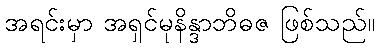
အရင်းမှာ အရှင်မုနိန္ဒာဘိဓဇ ဖြစ်သည်။